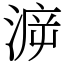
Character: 㴑